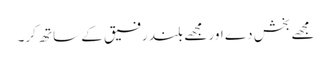
مجھے بخش دے اور مجھے بلند رفیق کے ساتھ کر۔